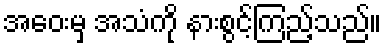
အဝေးမှ အသံကို နားစွင့်ကြည့်သည်။